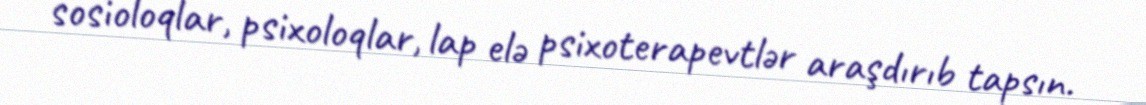
sosioloqlar, psixoloqlar, lap elə psixoterapevtlər araşdırıb tapsın.